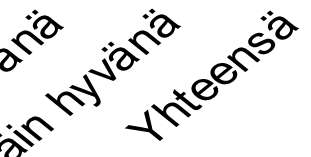
i n ä h y v ä n Y ä ht e e n s ä